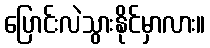
ပြောင်းလဲသွားနိုင်မှာလား။